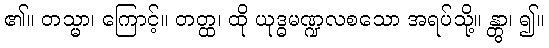
၏။ တသ္မာ၊ ကြောင့်။ တတ္ထ၊ ထို ယုဒ္ဓမဏ္ဍလစသော အရပ်သို့။ န္တွာ၊ ၍။